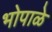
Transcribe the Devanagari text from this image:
भोपाळे